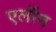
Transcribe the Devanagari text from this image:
एलॉन